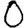
Digit: 0